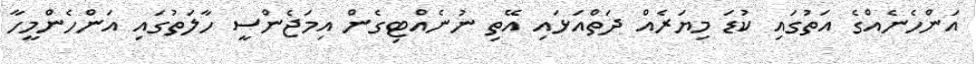
އަންހެނެއްގެ އަތުގައި ކުޑަ މިޔަރެއް ދަތްއަޅައި އޭތި ނުނެއްޓިގެން އިމަޖެންސީ ހާލަތުގައި އަންހެންމީހާ